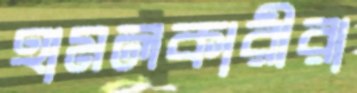
হামলকারীরা